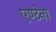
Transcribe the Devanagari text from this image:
एण्टेना